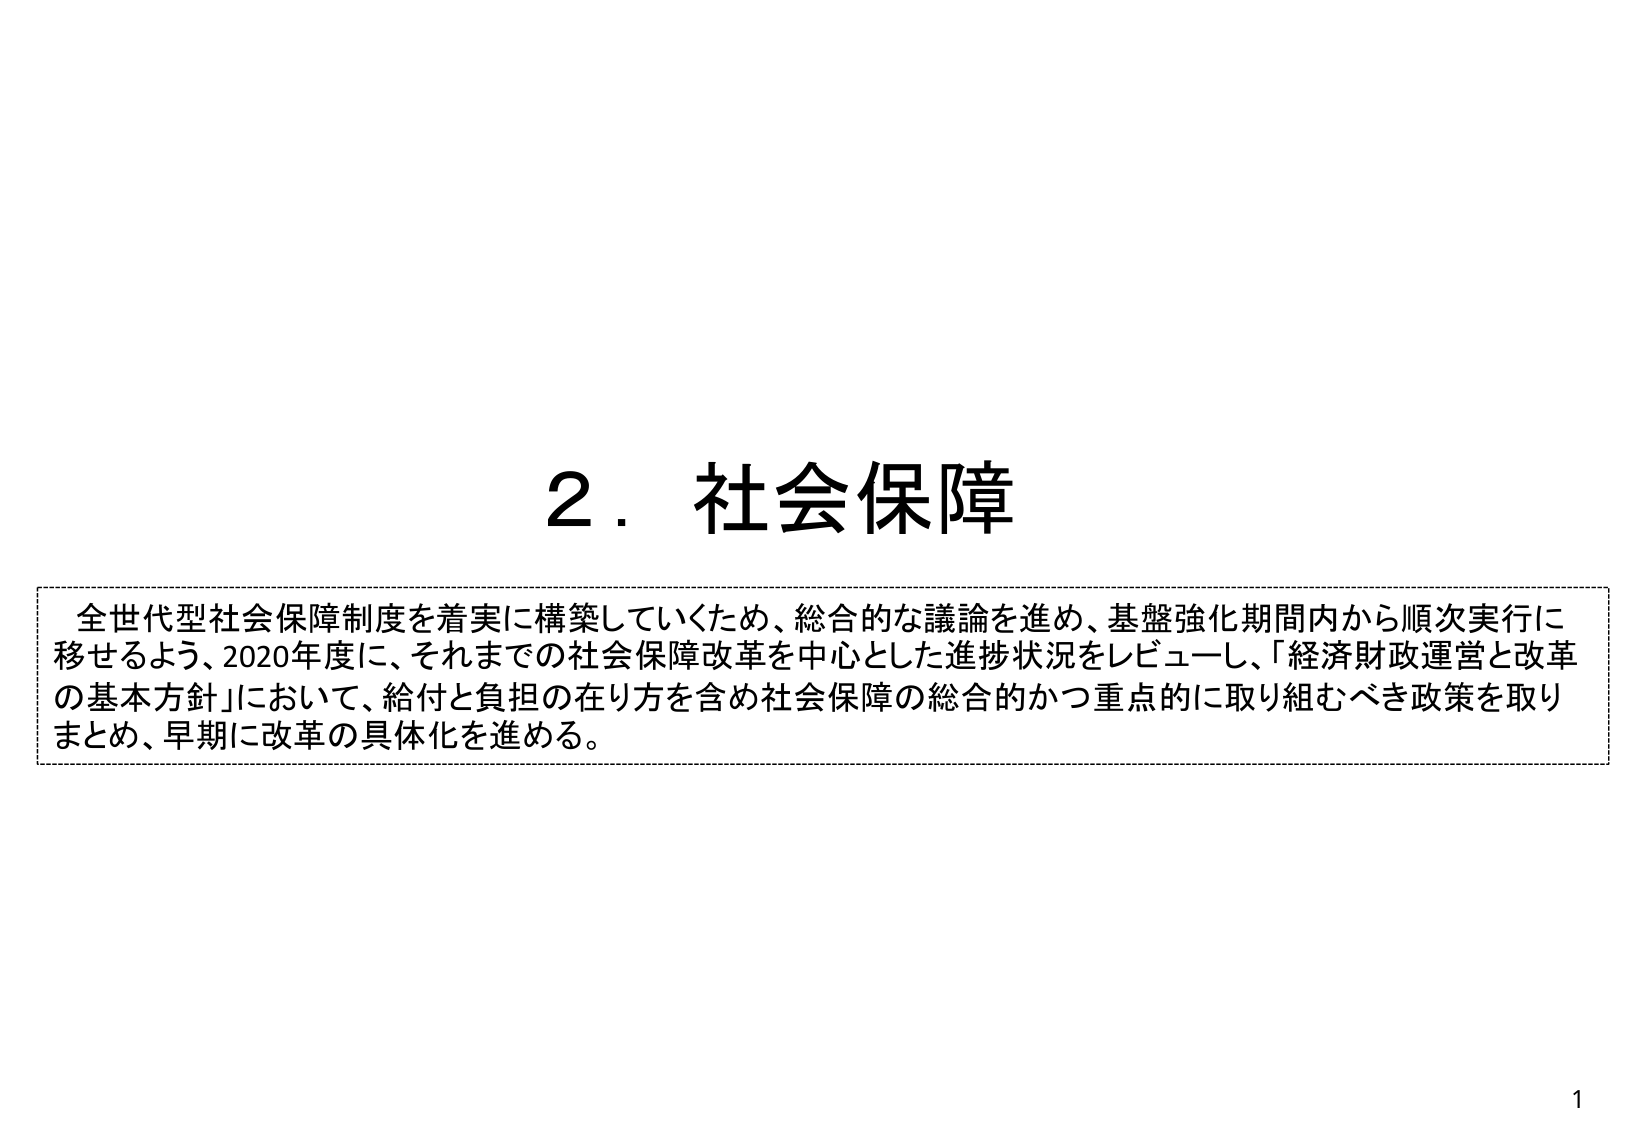
2．社会保障

全世代型社会保障制度を着実に構築していくため、総合的な議論を進め、基盤強化期間内から順次実行に移せるよう、2020年度に、それまでの社会保障改革を中心とした進捗状況をレビューし、「経済財政運営と改革の基本方針」において、給付と負担の在り方を含め社会保障の総合的かつ重点的に取り組むべき政策を取りまとめ、早期に改革の具体化を進める。

1